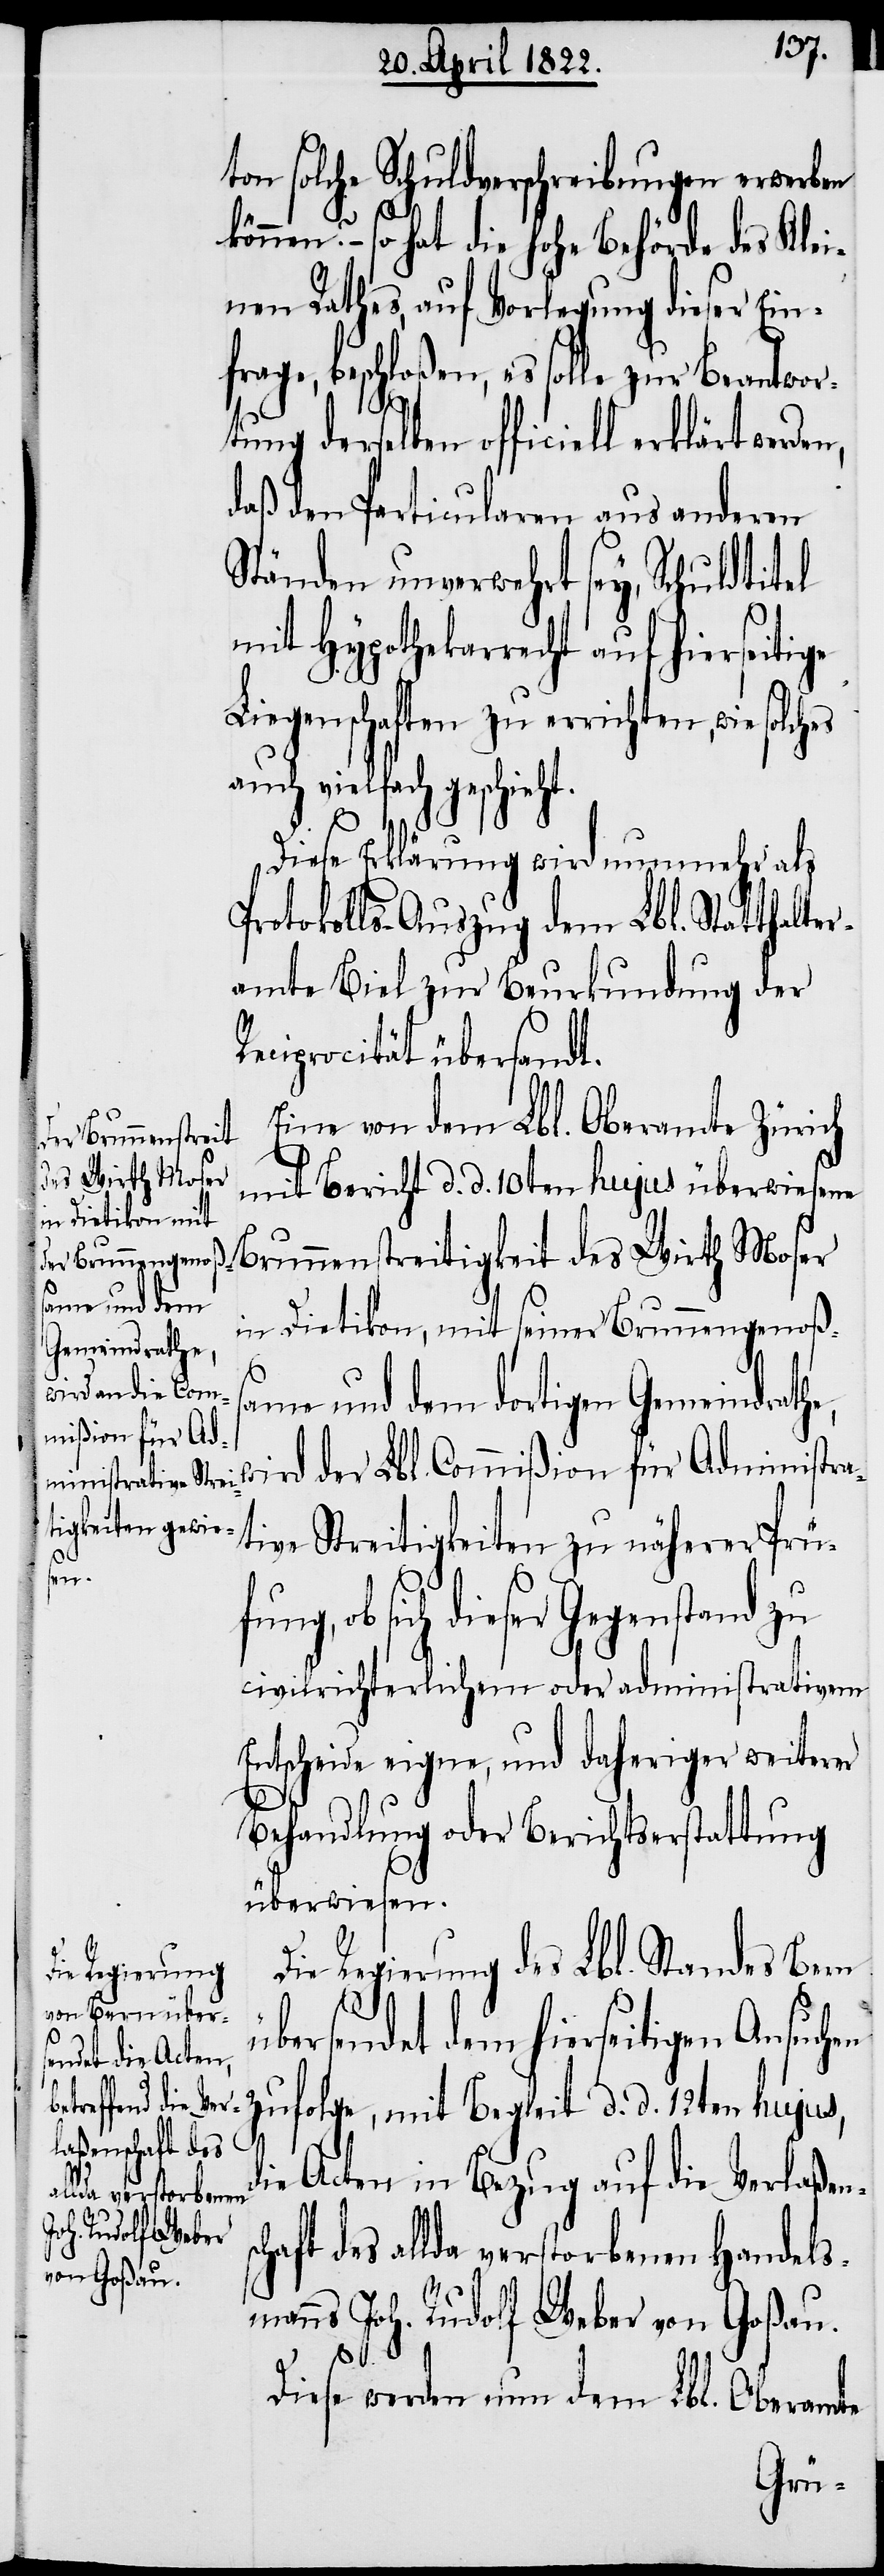
en

ton solche Schuldverschreibungen erwerben
können? – so hat die hohe Behörde des Klein¬
thes, beschloßen, es solle zur Beantwor¬
sc¬
tung derselben officiell erklärt
daß den Particularen aus anderen
Ständen unverwehrt sey, Schuldtitel
mit Hypothekarrecht auf hierseitige
Liegenschaften zu errichten, wie solch¬
auch vielfach geschieht.
Diese Erklärung wird nunmehr als
Protokolls-Auszug dem Lbl. Statthalte¬
ramte Biel zur Beurkundung der
Reciprocität übersandt.
Eine von dem Lbl. Oberamte Zürich
mit Bericht d. d. 10ten hujus überwiesene
Brunnenstreitigkeit des Wirth Moser
in Dietikon, mit seiner Brunnengenoßs¬
ame und dem dortigen Gemeindrathe,
wird der Lbl. Commißion für Administra¬
tive Streitigkeiten zu näherer Prüf¬
sich dieser Gegenstand zu
civilrichterlichem oder administrativem
Entscheide eigne, und daheriger weiterer
Behandlung oder Berichtserstattung
überwiesen.
Die Regierung des Lbl. Standes Bern
ung,
übersendet dem hierseitigen Ansuchen
zufolge, mit Begleit d. d. 12ten hujus,
die Acten in Bezug auf die Verlaßen¬
haft des allda verstorbenen Handels¬
manns Joh. Rudolf Weber von Goßau.
Diese werden nun dem Lbl. Oberamte